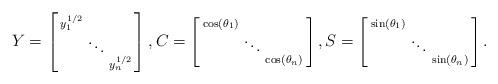
LaTeX: \begin{align*} Y=\left[\begin{smallmatrix}y_1^{1/2}\\&\ddots\\&&y_n^{1/2}\end{smallmatrix}\right], C=\left[\begin{smallmatrix}\cos(\theta_1)\\&\ddots\\&&\cos(\theta_n)\end{smallmatrix}\right], S=\left[\begin{smallmatrix}\sin(\theta_1)\\&\ddots\\&&\sin(\theta_n)\end{smallmatrix}\right].\end{align*}